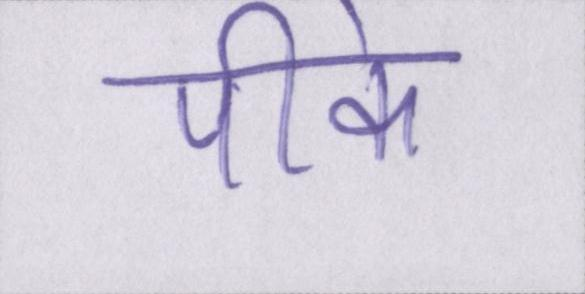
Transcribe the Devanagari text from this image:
पीके